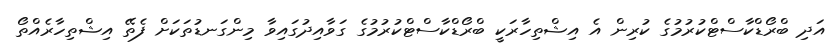
އަދި ބްރޯޑްކާސްޓްކުރުމުގެ ކުރިން އެ އިޝްތިހާރަކީ ބްރޯޑްކާސްޓްކުރުމުގެ ގަވާއިދުގައިވާ މިންގަނޑުތަކަށް ފެތޭ އިޝްތިހާރެއްތޯ